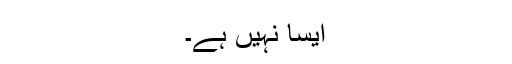
ایسا نہیں ہے۔